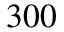
3 0 0